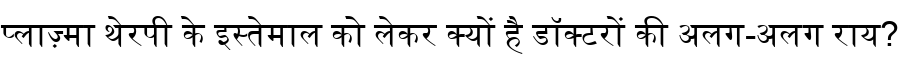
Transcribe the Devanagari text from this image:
प्लाज़्मा थेरपी के इस्तेमाल को लेकर क्यों है डॉक्टरों की अलग-अलग राय?